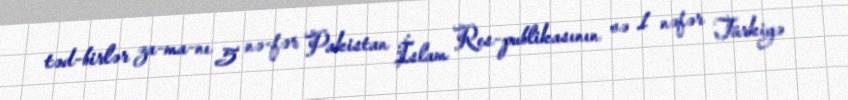
təd­birlər za­ma­nı 5 nə­fər Pakistan İslam Res­publikasının və 1 nəfər Türkiyə